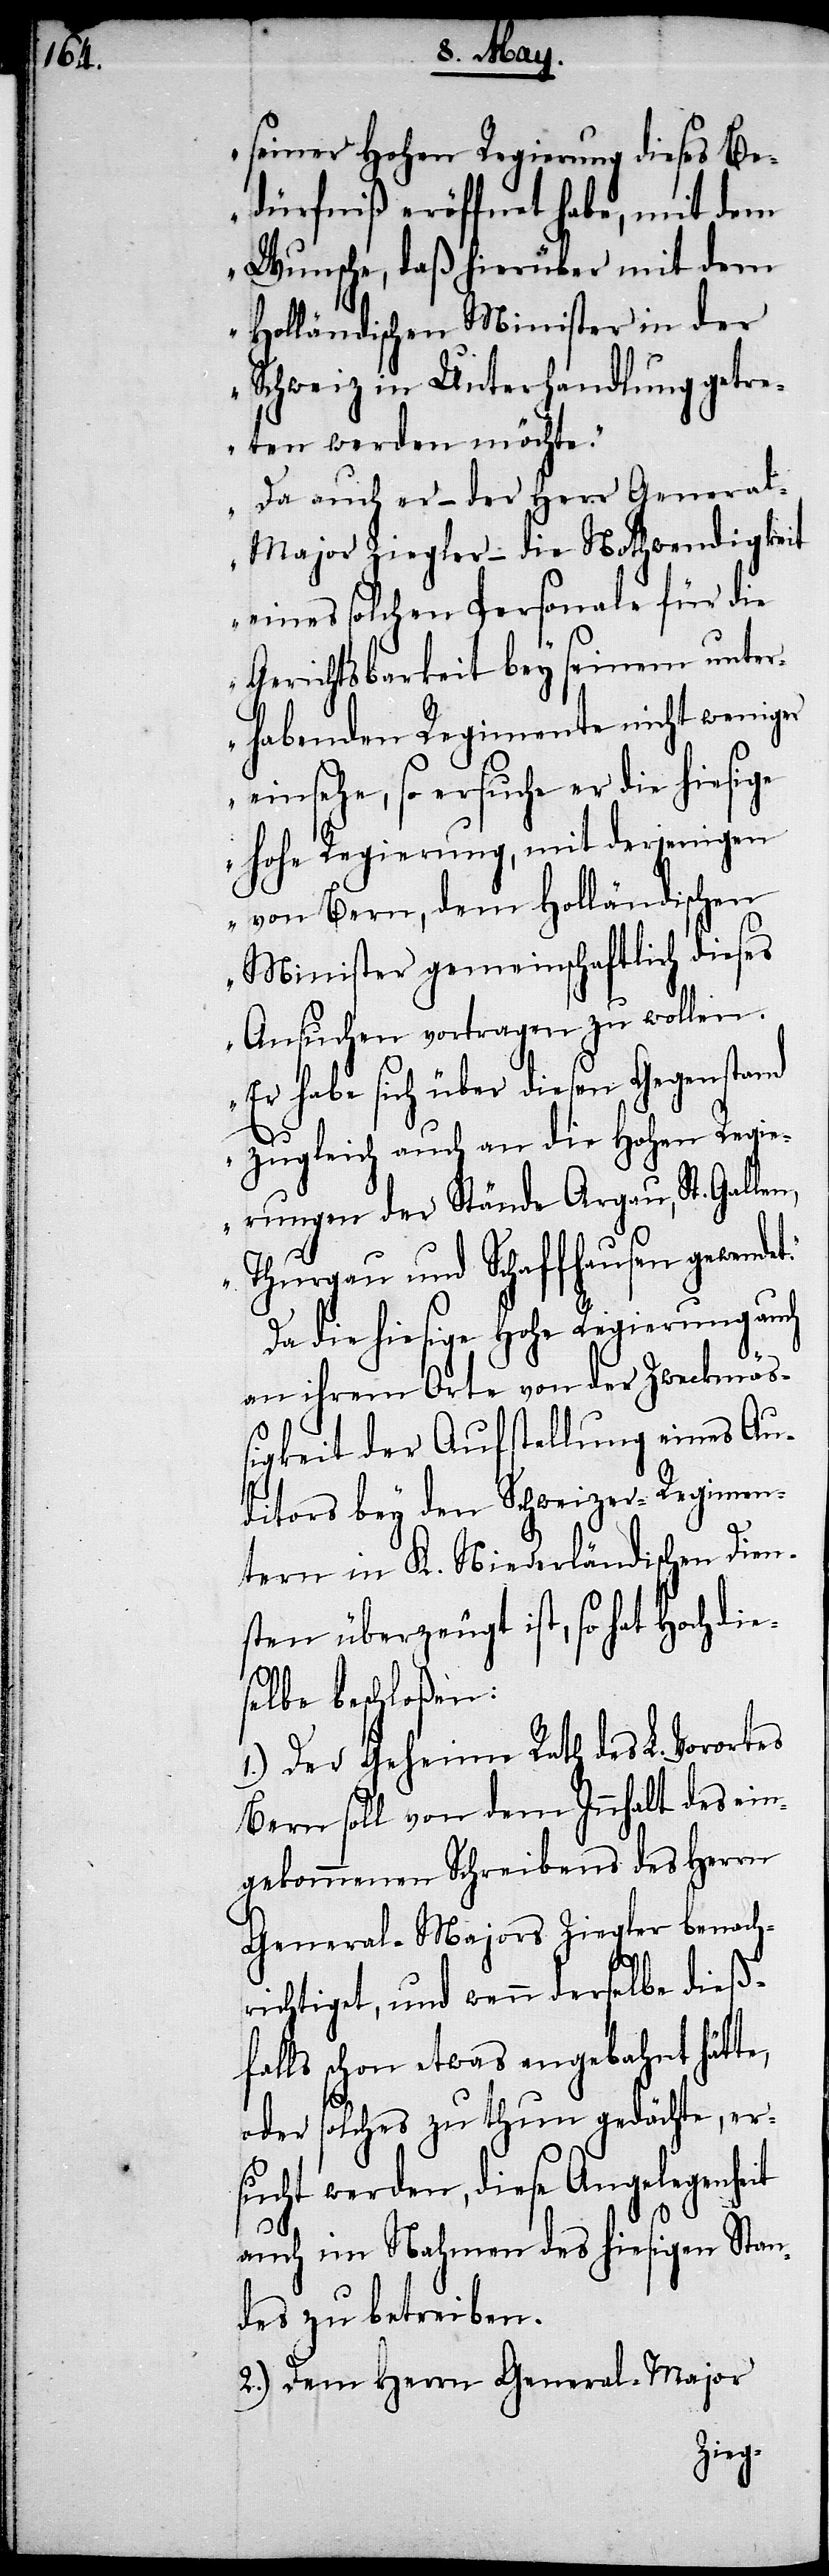
seiner Hohen Regierung dieses Be¬
dürfniß eröffnet habe, mit dem
Wunsche, daß hierüber mit dem
Holländischen Minister in der
Schweiz in Unterhandlung getre¬
ten werden möchte.
Da auch er – der Herr Genera¬
t.“
l-Major Ziegler – die Nothwendigkeit
eines solchen Personale für die
Gerichtsbarkeit bey seinem unter¬
habenden Regimente nicht weniger
einsehe, so ersuche er die hiesige
hohe Regierung, mit derjenigen
von Bern, dem Holländischen
Minister gemeinschaftlich dieses
Ansuchen vortragen zu wollen.
Er habe sich über diesen Gegenstand
zugleich auch an die Hohen Regie¬
rungen der Stände Argau, St. Gallen,
Thurgau und Schaffhausen gewende¬
Da die hiesige Hohe Regierung auch
an ihrem Orte von der Zweckmäß¬
igkeit der Aufstellung eines Au¬
ditors bey den Schweizer-Regimen¬
tern in K. Niederländischen Dien¬
sten überzeugt ist, so hat Hochdie¬
selbe beschloßen:
1.) Der Geheime Rath des L. Vorortes
Bern soll von dem Innhalt des ein¬
gekommenen Schreibens des Herrn
General-Majors Ziegler benach¬
richtigt, und wenn derselbe dieß¬
falls schon etwas angebahnt hätte,
oder solches zu thun gedächte, er¬
sucht werden, diese Angelegenheit
auch im Nahmen des hiesigen Stan¬
des zu betreiben.
2.) Dem Herrn General-Major